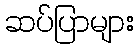
ဆပ်ပြာများ